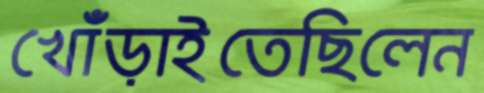
খোঁড়াইতেছিলেন